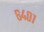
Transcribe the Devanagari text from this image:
६४०१